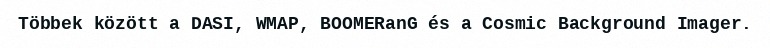
Többek között a DASI, WMAP, BOOMERanG és a Cosmic Background Imager.